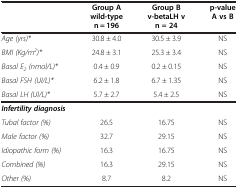
<table><thead><tr><td><b> </b></td><td><b>Group A wild-type n = 196</b></td><td><b>Group B v-betaLH v n = 24</b></td><td><b>p-value A vs B</b></td></tr></thead><tbody><tr><td><i>Age (yrs)*</i></td><td>30.8 ± 4.0</td><td>30.5 ± 3.9</td><td>NS</td></tr><tr><td><i>BMI (Kg/m</i><sup><i>2</i></sup><i>)*</i></td><td>24.8 ± 3.1</td><td>25.3 ± 3.4</td><td>NS</td></tr><tr><td><i>Basal E</i><sub><i>2</i></sub><i>(nmol/L)*</i></td><td>0.4 ± 0.9</td><td>0.2 ± 0.15</td><td>NS</td></tr><tr><td><i>Basal FSH (UI/L)*</i></td><td>6.2 ± 1.8</td><td>6.7 ± 1.35</td><td>NS</td></tr><tr><td><i>Basal LH (UI/L)*</i></td><td>5.7 ± 2.7</td><td>5.4 ± 2.5</td><td>NS</td></tr><tr><td><b><i>Infertility diagnosis</i></b></td><td> </td><td> </td><td> </td></tr><tr><td><i>Tubal factor (%)</i></td><td>26.5</td><td>16.75</td><td>NS</td></tr><tr><td><i>Male factor (%)</i></td><td>32.7</td><td>29.15</td><td>NS</td></tr><tr><td><i>Idiopathic form (%)</i></td><td>16.3</td><td>16.75</td><td>NS</td></tr><tr><td><i>Combined (%)</i></td><td>16.3</td><td>29.15</td><td>NS</td></tr><tr><td><i>Other (%)</i></td><td>8.7</td><td>8.2</td><td>NS</td></tr></tbody></table>